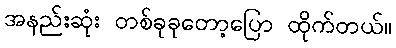
အနည်းဆုံး တစ်ခုခုတော့ပြော ထိုက်တယ်။